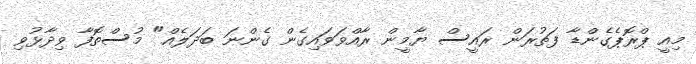
މިއީ ޕްރޮޕެގެންޑާ ފަތުރަން ރައީސް ޔާމީން ރާއްވަވައިގެން ގެންނަ ބަދަލެއް" މުސްތޮފާ ވިދާޅުވި